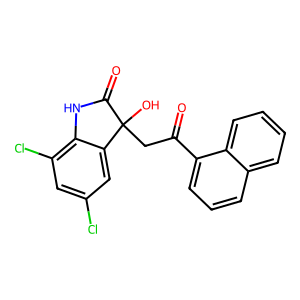
SMILES: O=C(CC1(O)C(=O)Nc2c(Cl)cc(Cl)cc21)c1cccc2ccccc12
Inhibits HIV replication: No